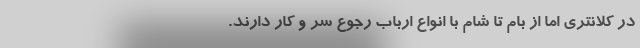
در کلانتری اما از بام تا شام با انواع ارباب رجوع سر و کار دارند.